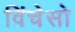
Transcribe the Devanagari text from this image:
विंचेसो